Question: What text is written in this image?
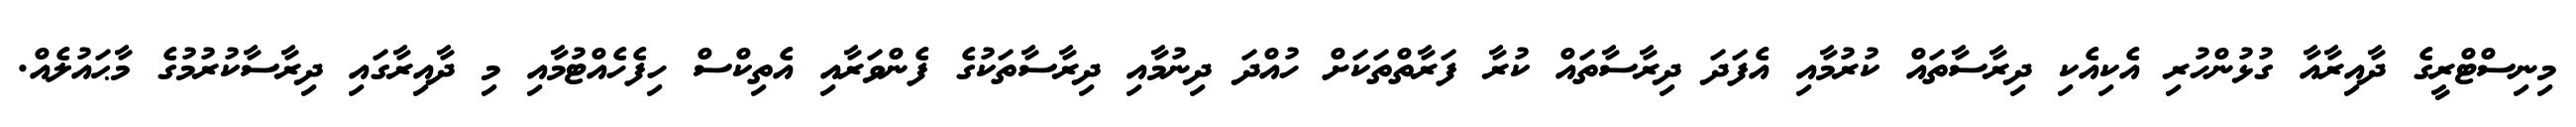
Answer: މިނިސްޓްރީގެ ދާއިރާއާ ގުޅުންހުރި އެކިއެކި ދިރާސާތައް ކުރުމާއި އެފަދަ ދިރާސާތައް ކުރާ ފަރާތްތަކަށް ހުއްދަ ދިނުމާއި ދިރާސާތަކުގެ ފެންވަރާއި އެތިކްސް ހިފެހެއްޓުމާއި މި ދާއިރާގައި ދިރާސާކުރުމުގެ މާޙައުލެއް.